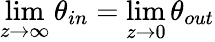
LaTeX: \operatorname*{lim}_{z\to\infty}\theta_{in}=\operatorname*{lim}_{z\to 0}\theta_{out}